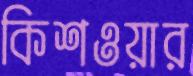
কিশওয়ার